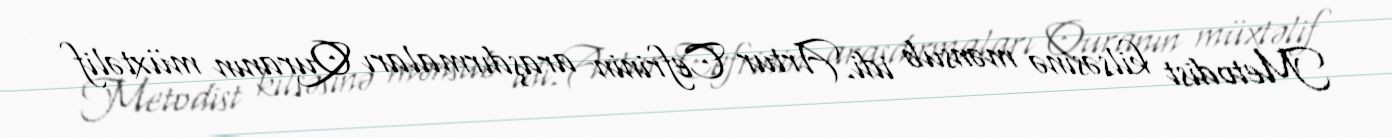
Metodist kilsəsinə mənsub idi. Artur Cefrinin araşdırmaları Quranın müxtəlif